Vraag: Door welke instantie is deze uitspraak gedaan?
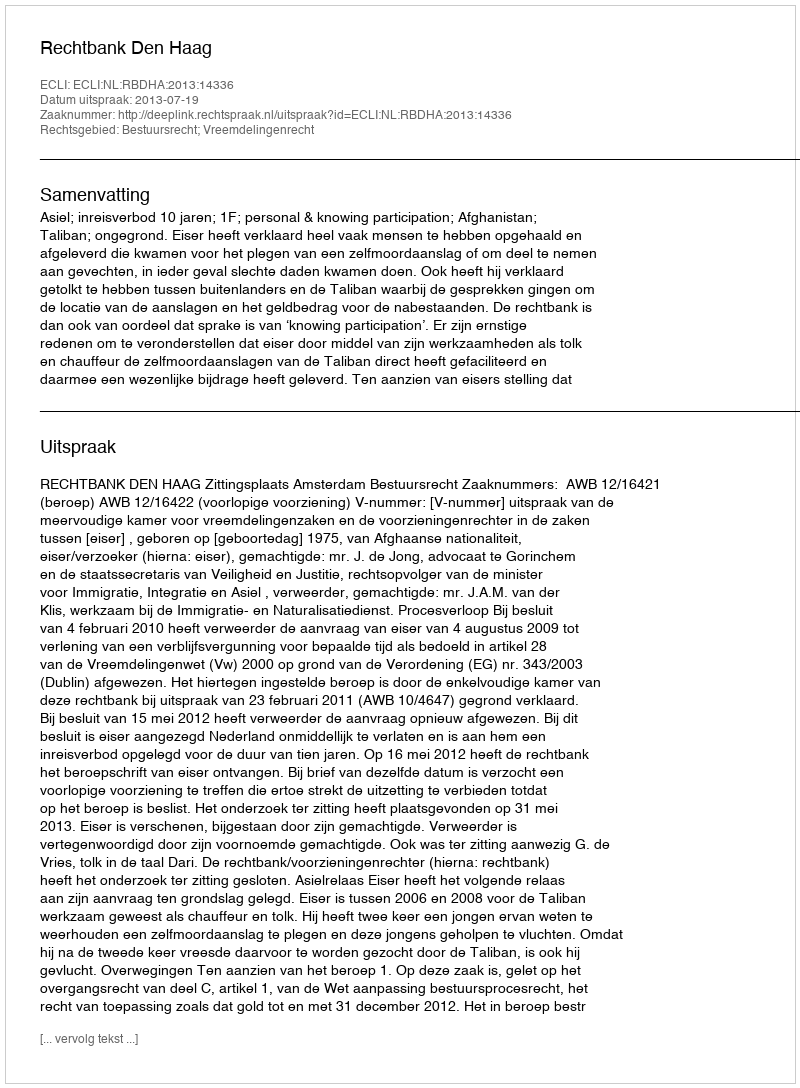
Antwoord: Rechtbank Den Haag